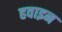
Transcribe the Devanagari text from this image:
हवाइन